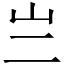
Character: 亗